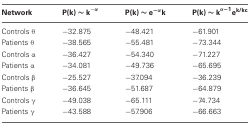
<table><thead><tr><td><b>Network</b></td><td><b>P(k) ~ k<sup>−α</sup></b></td><td><b>P(k) ~ e<sup>−α</sup>k</b></td><td><b>P(k) ~ k<sup>α−1</sup> e<sup>k/kc</sup></b></td></tr></thead><tbody><tr><td>Controls θ</td><td>−32.875</td><td>−48.421</td><td>−61.901</td></tr><tr><td>Patients θ</td><td>−38.565</td><td>−55.481</td><td>−73.344</td></tr><tr><td>Controls α</td><td>−36.427</td><td>−54.340</td><td>−71.227</td></tr><tr><td>Patients α</td><td>−34.081</td><td>−49.736</td><td>−65.695</td></tr><tr><td>Controls β</td><td>−25.527</td><td>−37.094</td><td>−36.239</td></tr><tr><td>Patients β</td><td>−36.645</td><td>−51.687</td><td>−64.879</td></tr><tr><td>Controls γ</td><td>−49.038</td><td>−65.111</td><td>−74.734</td></tr><tr><td>Patients γ</td><td>−43.588</td><td>−57.906</td><td>−66.663</td></tr></tbody></table>